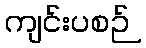
ကျင်းပစဉ်